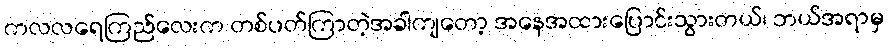
ကလလရေကြည်လေးက တစ်ပတ်ကြာတဲ့အခါကျတော့ အနေအထားပြောင်းသွားတယ်၊ ဘယ်အရာမှ